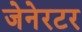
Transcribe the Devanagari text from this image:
जेनेरटर